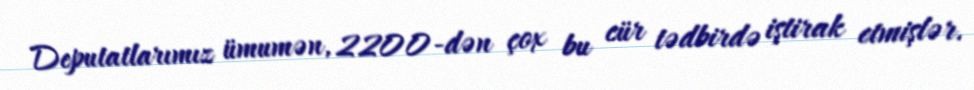
Deputatlarımız ümumən, 2200-dən çox bu cür tədbirdə iştirak etmişlər.